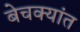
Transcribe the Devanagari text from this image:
बेचक्यांत